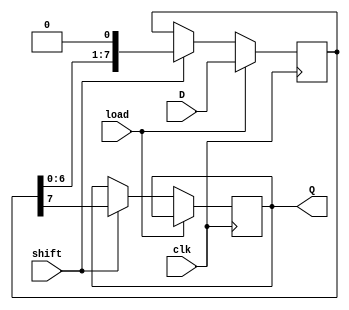
module PISO_Register #(
    parameter WIDTH = 8  // Parameter for the width of the register
)(
    input wire clk,          // Clock signal
    input wire load,         // Load signal
    input wire shift,        // Shift signal
    input wire [WIDTH-1:0] D, // Parallel data input
    output reg Q             // Serial output
);

    // Internal register to hold the data
    reg [WIDTH-1:0] shift_reg;

    // Process for loading data and shifting
    always @(posedge clk) begin
        if (load) begin
            // Load data into the shift register
            shift_reg <= D;
        end else if (shift) begin
            // Shift data out serially
            Q <= shift_reg[WIDTH-1]; // Output the MSB
            shift_reg <= {shift_reg[WIDTH-2:0], 1'b0}; // Shift left
        end
    end

endmodule